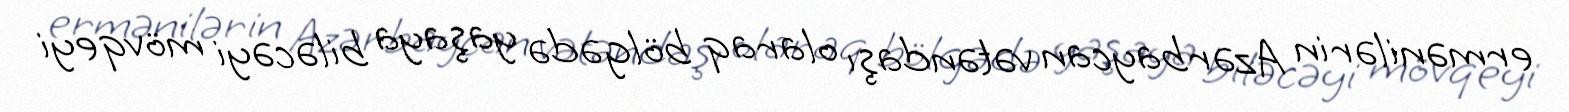
ermənilərin Azərbaycan vətəndaşı olaraq bölgədə yaşaya biləcəyi mövqeyi